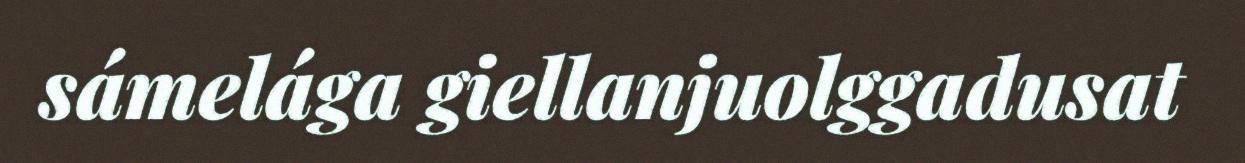
sámelága giellanjuolggadusat